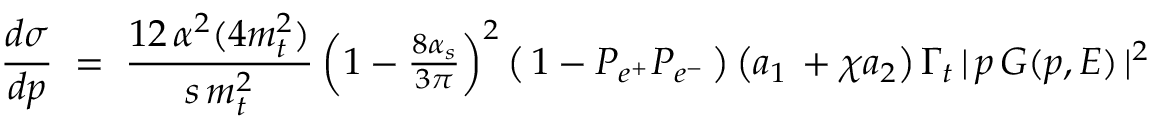
{ \frac { d \sigma } { d p } } \; = \; { \frac { 1 2 \, \alpha ^ { 2 } ( 4 m _ { t } ^ { 2 } ) } { s \, m _ { t } ^ { 2 } } } \, { \textstyle \left( 1 - { \frac { 8 \alpha _ { s } } { 3 \pi } } \right) ^ { 2 } } \left( \, 1 - P _ { e ^ { + } } P _ { e ^ { - } } \, \right) \left( a _ { 1 } \, + \chi a _ { 2 } \right) \Gamma _ { t } \, | \, p \, G ( p , E ) \, | ^ { 2 }